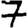
Digit: 7